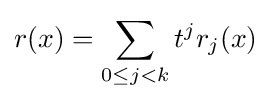
r(x)=\sum _{0\leq j<k}t^{j}r_{j}(x)